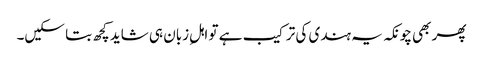
پھر بھی چونکہ یہ ہندی کی ترکیب ہے تو اہلِ زبان ہی شاید کچھ بتا سکیں۔